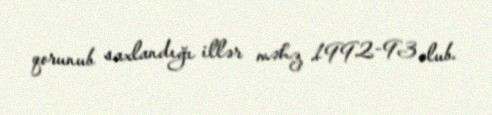
qorunub saxlandığı illər məhz 1992-93 olub.